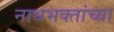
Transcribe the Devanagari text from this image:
नाथभक्तांच्या